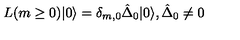
L ( m \geq 0 ) | 0 \rangle = \delta _ { m , 0 } \hat { \Delta } _ { 0 } | 0 \rangle , \hat { \Delta } _ { 0 } \neq 0